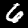
Label: 6